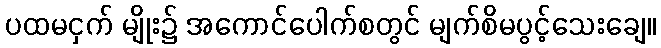
ပထမငှက် မျိုး၌ အကောင်ပေါက်စတွင် မျက်စိမပွင့်သေးချေ။